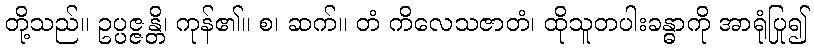
တို့သည်။ ဥပ္ပဇ္ဇန္တိ၊ ကုန်၏။ စ၊ ဆက်။ တံ ကိလေသဇာတံ၊ ထိုသူတပါးခန္ဓာကို အာရုံပြု၍